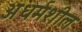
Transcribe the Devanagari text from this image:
अधर्मशील